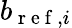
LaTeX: b_{\mathrm{~r~e~f~},i}